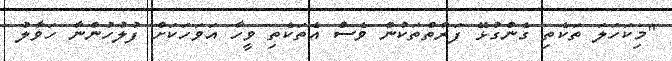
"މިކަހަލަ ތަކެތި ގެންގުޅޭ ފަރާތްތަކުން ވެސް އެތަކެތި ވީހާ އަވަހަކަށް ފުލުހުންނާ ހަވާލު